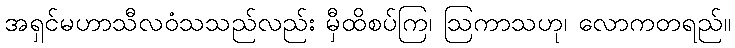
အရှင်မဟာသီလဝံသသည်လည်း မှီထိစပ်ကြ၊ ဩကာသဟု၊ လောကတရည်။